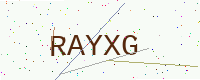
Text: RAYXG